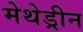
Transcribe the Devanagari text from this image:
मेथेड्रीन